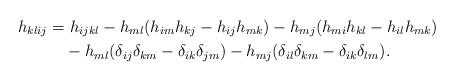
LaTeX: \begin{align*}h_{klij}=&\ h_{ijkl}-h_{ml}(h_{im}h_{kj}-h_{ij}h_{mk})-h_{mj}(h_{mi}h_{kl}-h_{il}h_{mk})\\ &-h_{ml}(\delta_{ij}\delta_{km}-\delta_{ik}\delta_{jm}) -h_{mj}(\delta_{il}\delta_{km}-\delta_{ik}\delta_{lm}).\end{align*}